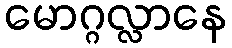
မောဂ္ဂလ္လာနေ